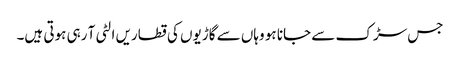
جس سڑک سے جانا ہو وہاں سے گاڑیوں کی قطاریں الٹی آ رہی ہوتی ہیں۔